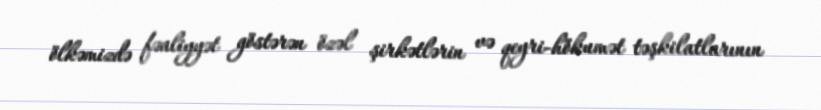
ölkəmizdə fəaliyyət göstərən özəl şirkətlərin və qeyri-hökumət təşkilatlarının